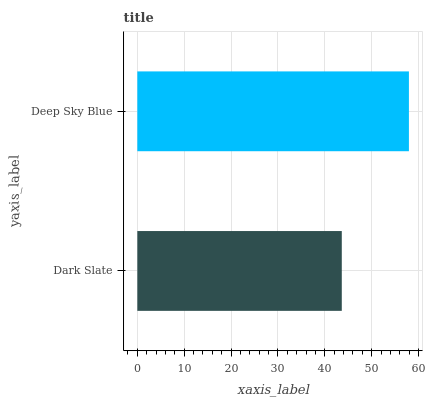
| yaxis_label | bars |
 | --- | --- |
 | Dark Slate | 43.6 |
 | Deep Sky Blue | 57.9 |